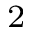
_ { 2 }